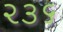
૨૩૬